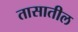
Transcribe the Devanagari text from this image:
तासातील